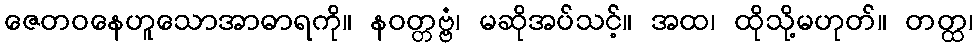
ဇေတဝနေဟူသောအာဓာရကို။ နဝတ္တဗ္ဗံ၊ မဆိုအပ်သင့်။ အထ၊ ထိုသို့မဟုတ်။ တတ္ထ၊